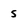
Character: 5